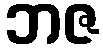
ဘဇ